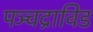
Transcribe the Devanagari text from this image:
पञ्चद्राविड